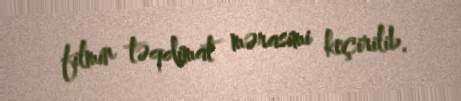
filmin təqdimat mərasimi keçirilib.